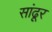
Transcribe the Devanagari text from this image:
सांढूर